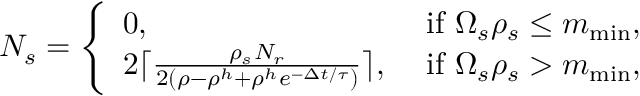
N _ { s } = \left\{ \begin{array} { l l } { 0 , } & { \mathrm { ~ i f ~ } \Omega _ { s } \rho _ { s } \leq m _ { \operatorname* { m i n } } , } \\ { 2 \lceil \frac { \rho _ { s } N _ { r } } { 2 ( \rho - \rho ^ { h } + \rho ^ { h } e ^ { - \Delta t / \tau } ) } \rceil , } & { \mathrm { ~ i f ~ } \Omega _ { s } \rho _ { s } > m _ { \operatorname* { m i n } } , } \end{array} \right.